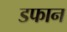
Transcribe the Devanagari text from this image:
डफान